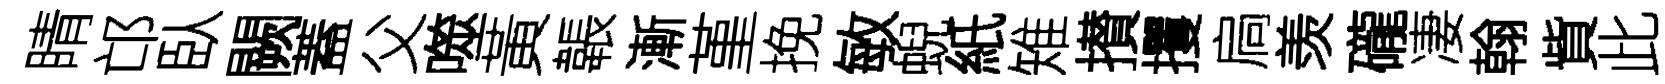
睛邙臥闕蓋父噬黃韔漸堇挽敏蜺紙雉攅攫扃羡礲凄翰貲此